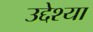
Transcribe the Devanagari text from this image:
उद्देश्या